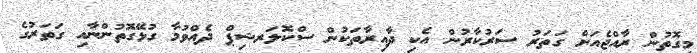
މިގޮތުން ރާއްޖެއަށް ގަތަރު ސަރުކާރުން އެކި ދާއިރާތަކުން ސްކޮލަރޝިޕް ދެއްވުމާ ގުޅޭގޮތުންނާއި ގަތަރުގެ